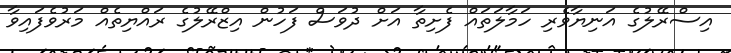
އިސްރޭލުގެ އަނިޔާވެރި ހަމާލަތައް ފެށިތާ އަށް ދުވަސް ފަހުން އިޒްރޭލުގެ ރައްޔިތެއް މަރުވެފައިވާ